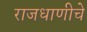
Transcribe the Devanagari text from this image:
राजधाणीचे